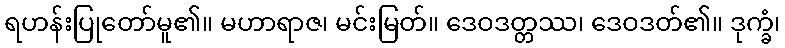
ရဟန်းပြုတော်မူ၏။ မဟာရာဇ၊ မင်းမြတ်။ ဒေဝဒတ္တဿ၊ ဒေဝဒတ်၏။ ဒုက္ခံ၊